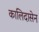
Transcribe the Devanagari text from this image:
कालिदासेन